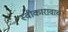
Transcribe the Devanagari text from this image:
स्वीकारावाच